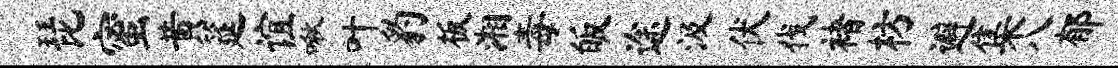
琵蜜黄筵谊啾叶豹板湘毒皈途汲伏伐褚枋避集八郁